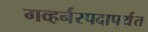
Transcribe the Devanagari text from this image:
गव्हर्नरपदापर्यंत